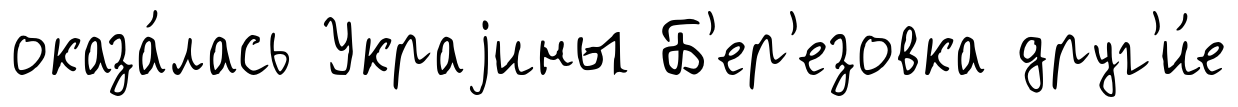
оказа́лась Украjины Б'ер'езовка друг'и́е